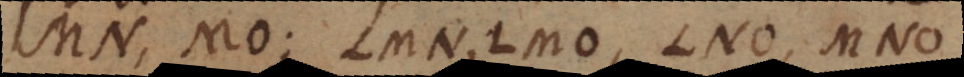
MN, MO; LMN, LMO, LNO, MNO;